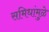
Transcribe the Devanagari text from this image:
समिधांमुळे